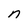
Character: n